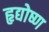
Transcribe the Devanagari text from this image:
हृद्योष्ण